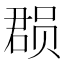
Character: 𮷐